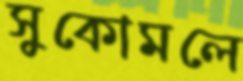
সুকোমলে